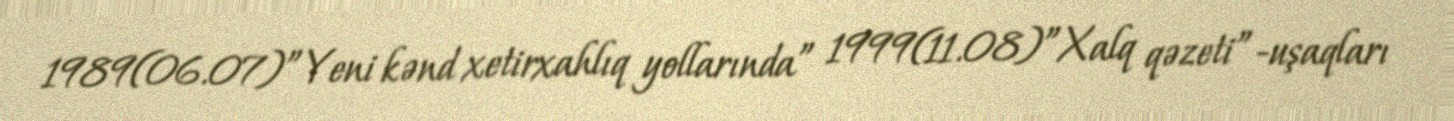
1989(06.07)”Yeni kənd xetirxahlıq yollarında” 1999(11.08)”Xalq qəzeti”-uşaqları